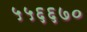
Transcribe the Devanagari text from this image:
५५६६७०